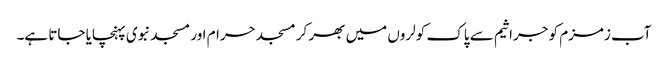
آب زمزم کو جراثیم سے پاک کولروں میں بھر کر مسجد حرام اور مسجد نبوی پہنچایا جاتا ہے۔